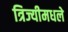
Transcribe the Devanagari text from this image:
त्रिज्यीमधले